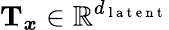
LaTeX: \mathbf{T}_{\boldsymbol{x}}\in\mathbb{R}^{d_{\mathrm{~l~a~t~e~n~t~}}}